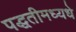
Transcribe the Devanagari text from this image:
पद्धतीमध्यधे